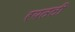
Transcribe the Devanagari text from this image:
रयतली